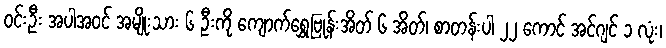
ဝင်းဦး အပါအဝင် အမျိုးသား ၆ ဦးကို ကျောက်ရွှေဗြုန်းအိတ် ၆ အိတ်၊ စာတန်းပါ ၂၂ ကောင် အင်ဂျင် ၁ လုံး၊